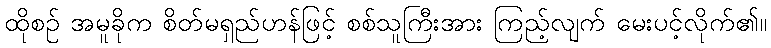
ထိုစဉ် အမူခိုက စိတ်မရှည်ဟန်ဖြင့် စစ်သူကြီးအား ကြည့်လျက် မေးပင့်လိုက်၏။